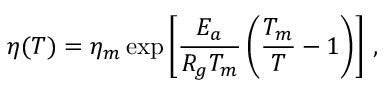
\eta ( T ) = \eta _ { m } \exp \left[ \frac { E _ { a } } { R _ { g } T _ { m } } \left( \frac { T _ { m } } { T } - 1 \right) \right] \, ,